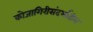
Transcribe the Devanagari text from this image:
कोजागिरीसंदर्भातील